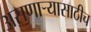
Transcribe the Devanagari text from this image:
असणार्‍यासाठीच